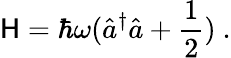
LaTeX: \mathsf{H}=\hbar\omega({\hat{{a}}}^{\dagger}{\hat{{a}}}+{\frac{{1}}{{2}}})~.